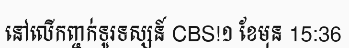
នៅលើកញ្ចក់ទូរទស្សន៍ CBS!១ ខែមុន 15:36